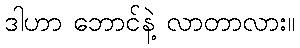
ဒါဟာ ဘောင်နဲ့ လာတာလား။